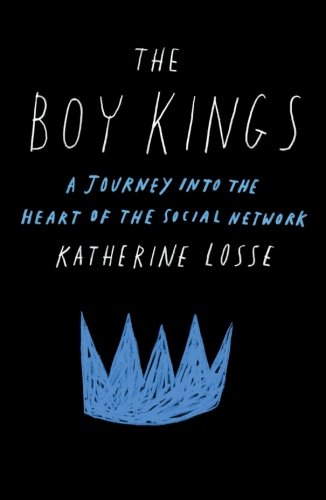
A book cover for The Boy Kings: A Journey into the Heart of the Social Network; Katherine Losse; Computers & Technology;